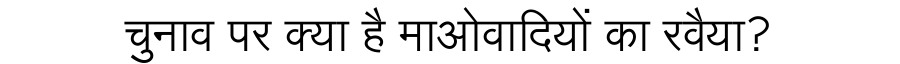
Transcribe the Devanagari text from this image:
चुनाव पर क्या है माओवादियों का रवैया?